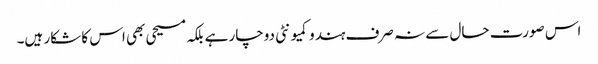
اس صورت حال سے نہ صرف ہندو کمیونٹی دوچار ہے بلکہ مسیحی بھی اس کا شکار ہیں۔